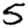
Digit: 5